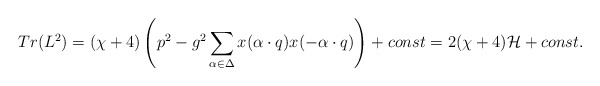
\begin{align*}Tr(L^2)=(\chi+4)\left(p^2-g^2\sum_{\alpha\in\Delta}x(\alpha\cdot q)x(-\alpha\cdot q)\right)+const=2(\chi+4){\cal H}+const.\end{align*}